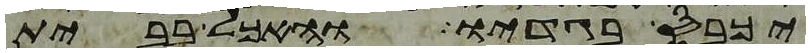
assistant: יכבס בגדיו והאכל בבית